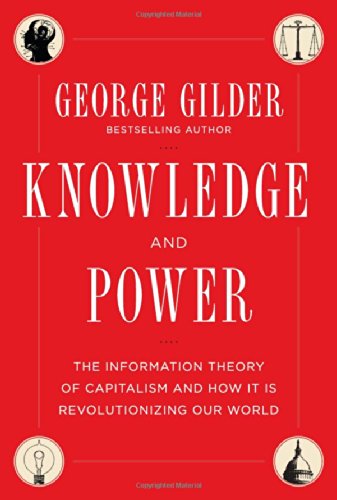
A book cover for Knowledge and Power: The Information Theory of Capitalism and How it is Revolutionizing our World; George Gilder; Business & Money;